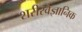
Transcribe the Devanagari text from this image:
शरीरवैज्ञानिक